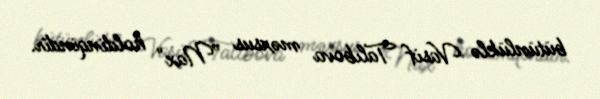
bütünlüklə Vasif Talıbova məxsus ”Nax" holdinqindir.